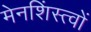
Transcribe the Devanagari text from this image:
मेनशिंस्त्वों